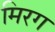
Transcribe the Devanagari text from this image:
मिरग